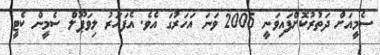
ސެމީއަށް ދަތުރުކޮށްފައިވަނީ 2005 ވަނަ އަހަރުގަ އެވެ. އެފަހަރު ލިވަޕޫލް ސެމީން ކެޓީ